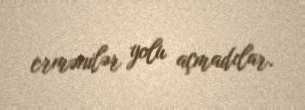
ermənilər yolu açmadılar.